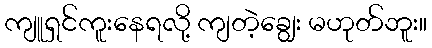
ကျူရှင်ကူးနေရလို့ ကျတဲ့ချွေး မဟုတ်ဘူး။